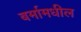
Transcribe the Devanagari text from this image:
बर्मामधील